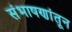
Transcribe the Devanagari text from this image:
संभाषणांतून